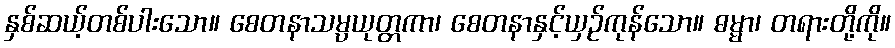
နှစ်ဆယ့်တစ်ပါးသော။ စေတနာသမ္ပယုတ္တကာ၊ စေတနာနှင့်ယှဉ်ကုန်သော။ ဓမ္မာ၊ တရားတို့ကို။